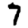
Digit: 7